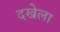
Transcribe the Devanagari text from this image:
दखेला